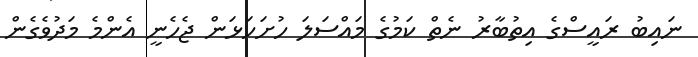
ނައިބު ރައީސްގެ އިތުބާރު ނެތް ކަމުގެ މައްސަލަ ހުށަހަޅަން ޖެހެނީ އެންމެ މަދުވެގެން